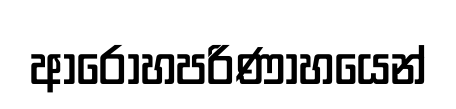
ආරෝහපරිණාහයෙන්